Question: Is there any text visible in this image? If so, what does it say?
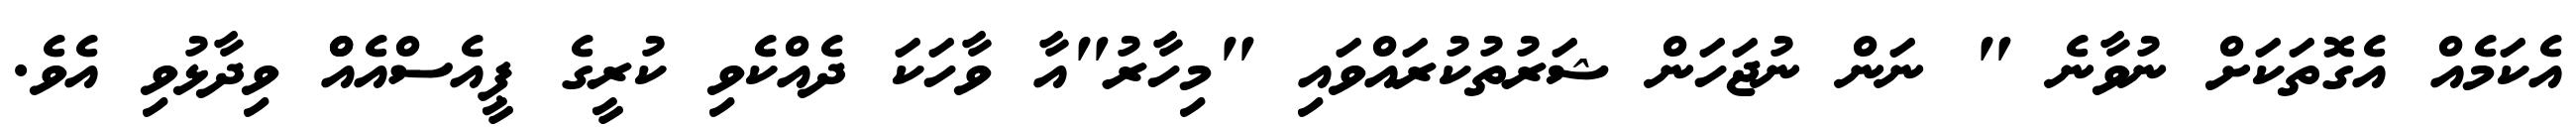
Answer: އެކަމެއް އެގޮތަކަށް ނުވާނެ " ނަން ނުޖަހަން ޝަރުތުކުރައްވައި "މިހާރު"އާ ވާހަކަ ދެއްކެވި ކުރީގެ ޕީއެސްއެއްް ވިދާޅުވި އެވެ.